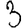
Digit: 3